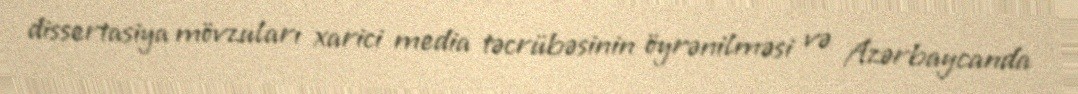
dissertasiya mövzuları xarici media təcrübəsinin öyrənilməsi və Azərbaycanda